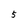
Character: 5